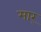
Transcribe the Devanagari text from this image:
मार्